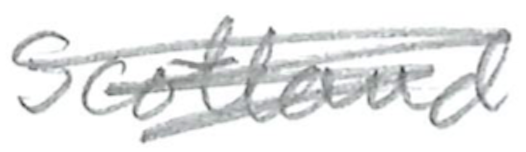
Text: Scotland
Cross-out: scratch
Writing tool: pencil